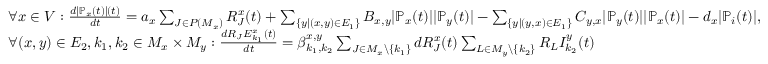
\begin{array} { l } { \forall x \in V : \frac { d | \mathbb { P } _ { x } ( t ) | ( t ) } { d t } = a _ { x } \sum _ { J \in P ( M _ { x } ) } R _ { J } ^ { x } ( t ) + \sum _ { \{ y | ( x , y ) \in E _ { 1 } \} } B _ { x , y } | \mathbb { P } _ { x } ( t ) | | \mathbb { P } _ { y } ( t ) | - \sum _ { \{ y | ( y , x ) \in E _ { 1 } \} } C _ { y , x } | \mathbb { P } _ { y } ( t ) | | \mathbb { P } _ { x } ( t ) | - d _ { x } | \mathbb { P } _ { i } ( t ) | , } \\ { \forall ( x , y ) \in E _ { 2 } , k _ { 1 } , k _ { 2 } \in M _ { x } \times M _ { y } : \frac { d R _ { J } E _ { k _ { 1 } } ^ { x } ( t ) } { d t } = \beta _ { k _ { 1 } , k _ { 2 } } ^ { x , y } \sum _ { J \in M _ { x } \backslash \{ k _ { 1 } \} } d R _ { J } ^ { x } ( t ) \sum _ { L \in M _ { y } \backslash \{ k _ { 2 } \} } R _ { L } I _ { k _ { 2 } } ^ { y } ( t ) } \end{array}